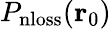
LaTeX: P_{\mathrm{nloss}}(\mathbf{r}_{0})